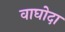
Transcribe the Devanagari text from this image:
वाघोदा